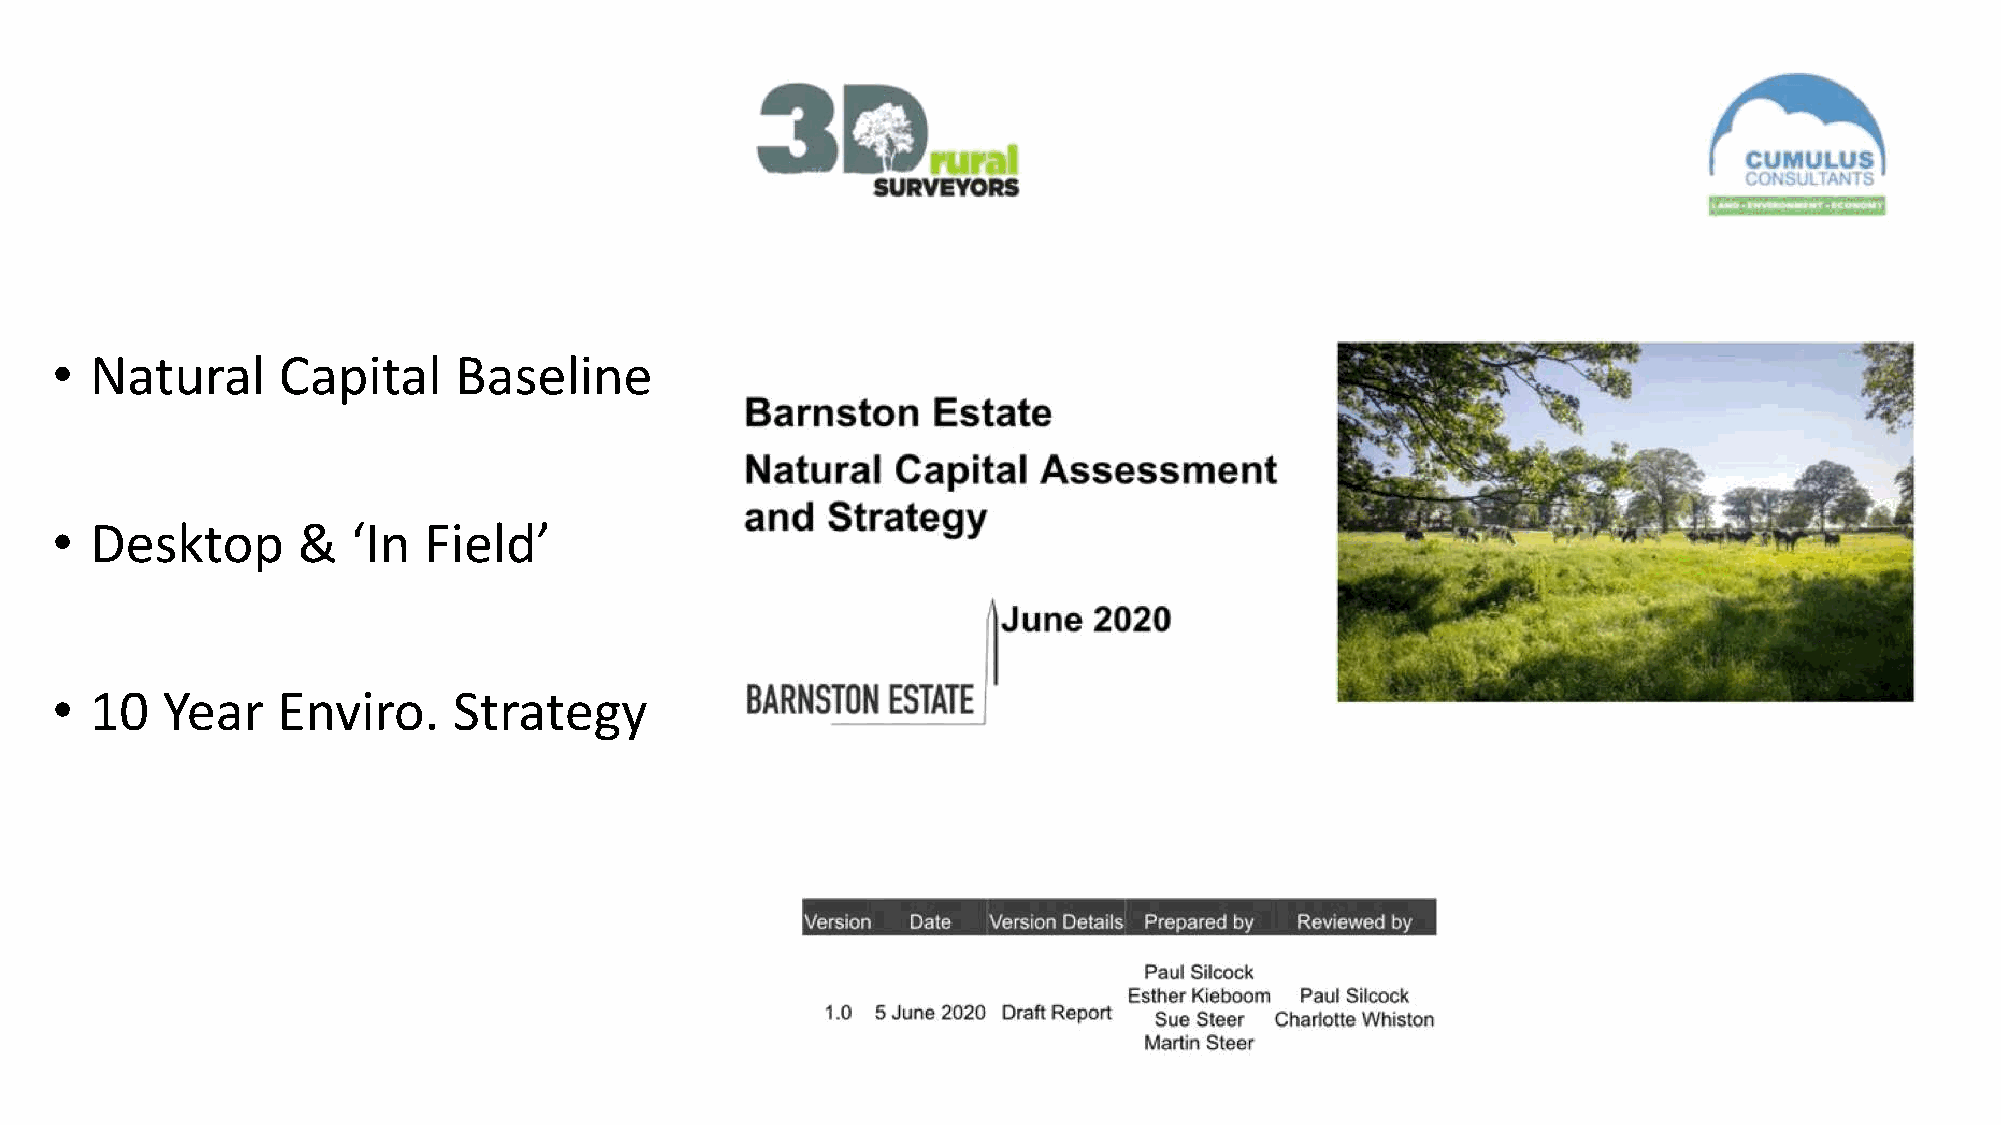
•  Natural     Capital     Baseline
 •  Desktop       &  ‘In  Field’
 •  10   Year   Enviro.     Strategy